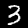
Label: 3